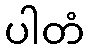
ပါတံ